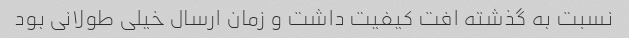
نسبت به گذشته افت کیفیت داشت و زمان ارسال خیلی طولانی بود